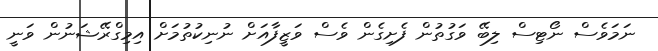
ނަމަވެސް ނޯޓިސް ލިބޭ ވަގުތުން ފެށިގެން ވެސް ވަޒީފާއަށް ނުނިކުތުމަށް އިމިގްރޭޝަނުން ވަނީ